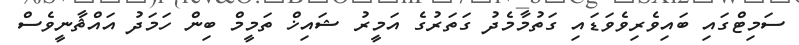
ސަމިޓްގައި ބައިވެރިވެވަޑައި ގަތުމާމެދު ގަތަރުގެ އަމީރު ޝައިޚް ތަމީމް ބިން ހަމަދު އައްޘާނީވެސް